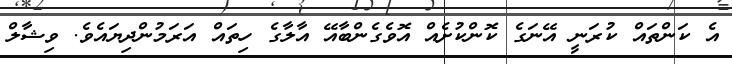
އެ ކަންތައް ކުރަނީ އޭނަގެ ކޮންކުށެއް އޮވެގެންބާއޭ އާލާގެ ހިތައް އަރަމުންދިޔައެވެ. ވިޝާލް